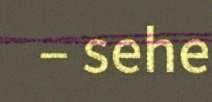
– sehe